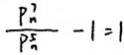
\frac { P _ { n } ^ { 7 } } { P _ { m } ^ { 5 } } - 1 = 1